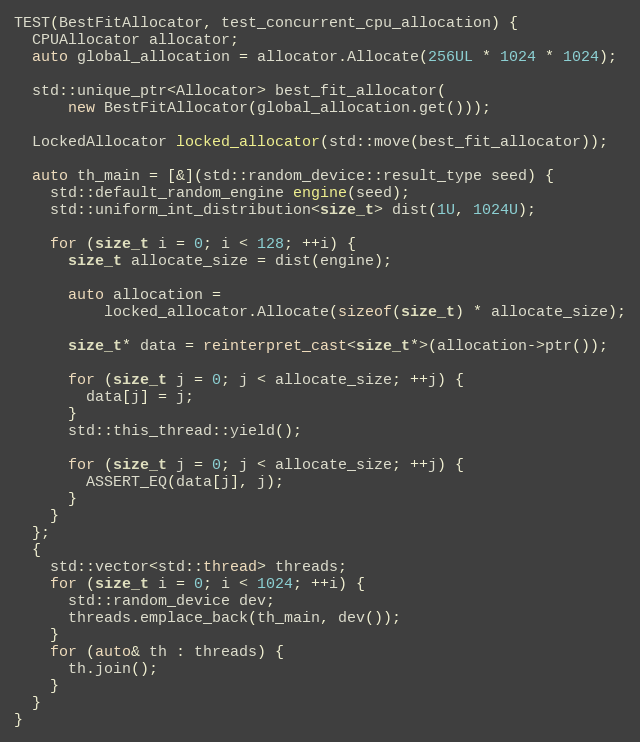
Language: C++
TEST(BestFitAllocator, test_concurrent_cpu_allocation) {
  CPUAllocator allocator;
  auto global_allocation = allocator.Allocate(256UL * 1024 * 1024);

  std::unique_ptr<Allocator> best_fit_allocator(
      new BestFitAllocator(global_allocation.get()));

  LockedAllocator locked_allocator(std::move(best_fit_allocator));

  auto th_main = [&](std::random_device::result_type seed) {
    std::default_random_engine engine(seed);
    std::uniform_int_distribution<size_t> dist(1U, 1024U);

    for (size_t i = 0; i < 128; ++i) {
      size_t allocate_size = dist(engine);

      auto allocation =
          locked_allocator.Allocate(sizeof(size_t) * allocate_size);

      size_t* data = reinterpret_cast<size_t*>(allocation->ptr());

      for (size_t j = 0; j < allocate_size; ++j) {
        data[j] = j;
      }
      std::this_thread::yield();

      for (size_t j = 0; j < allocate_size; ++j) {
        ASSERT_EQ(data[j], j);
      }
    }
  };
  {
    std::vector<std::thread> threads;
    for (size_t i = 0; i < 1024; ++i) {
      std::random_device dev;
      threads.emplace_back(th_main, dev());
    }
    for (auto& th : threads) {
      th.join();
    }
  }
}